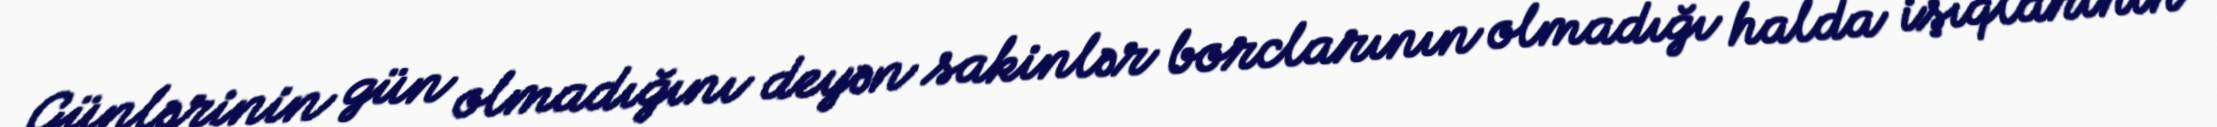
Günlərinin gün olmadığını deyən sakinlər borclarının olmadığı halda işıqlarının